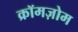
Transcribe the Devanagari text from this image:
क्रॉमज़ोम